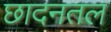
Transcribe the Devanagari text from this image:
छादनतल